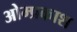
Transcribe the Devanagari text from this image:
ओम्प्रकाश